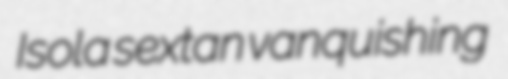
Isola sextan vanquishing